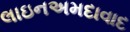
લાઇનઅમદાવાદ